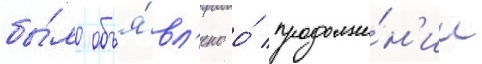
бы́ло объя́вл'ено о́ продолже́н'ии